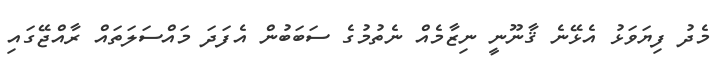
މެދު ފިޔަވަޅު އެޅޭނެ ޤާނޫނީ ނިޒާމެއް ނެތުމުގެ ސަބަބުން އެފަދަ މައްސަލަތައް ރާއްޖޭގައި